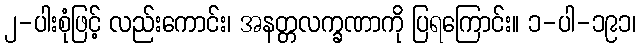
၂-ပါးစုံဖြင့် လည်းကောင်း၊ အနတ္တလက္ခဏာကို ပြရကြောင်း။ ၁-ပါ-၁၉၁၊